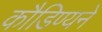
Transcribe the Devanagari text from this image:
कौडिण्यने